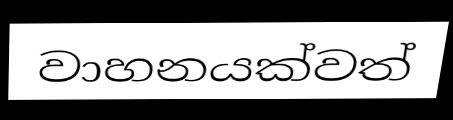
වාහනයක්වත්